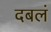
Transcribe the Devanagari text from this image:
दबलं